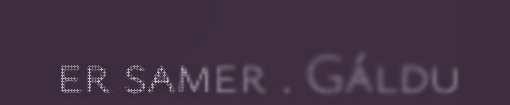
er samer . Gáldu